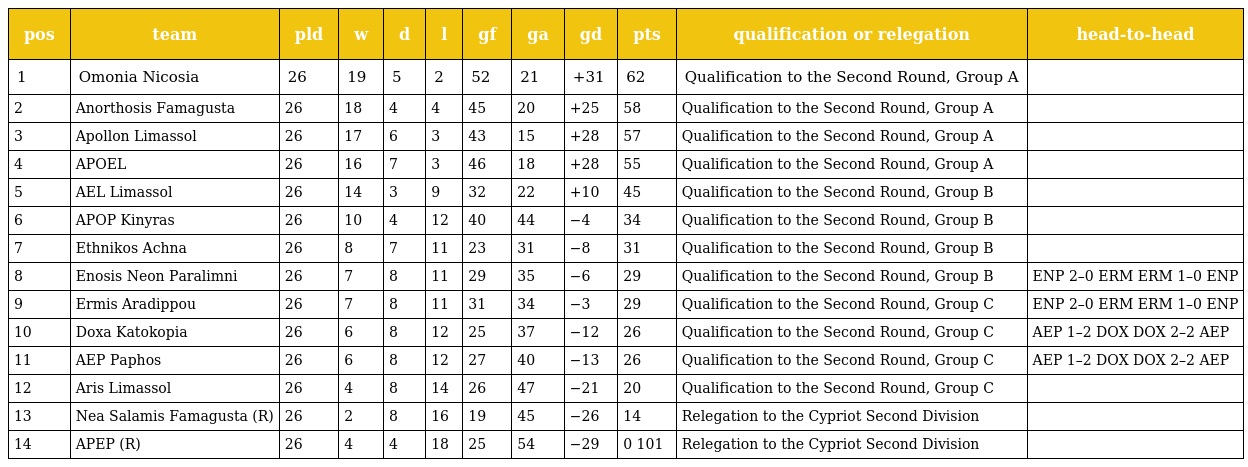
| pos | team | pld | w | d | l | gf | ga | gd | pts | qualification or relegation | head-to-head |
 | --- | --- | --- | --- | --- | --- | --- | --- | --- | --- | --- | --- |
 | 1 | Omonia Nicosia | 26 | 19 | 5 | 2 | 52 | 21 | +31 | 62 | Qualification to the Second Round, Group A |  |
 | 2 | Anorthosis Famagusta | 26 | 18 | 4 | 4 | 45 | 20 | +25 | 58 | Qualification to the Second Round, Group A |  |
 | 3 | Apollon Limassol | 26 | 17 | 6 | 3 | 43 | 15 | +28 | 57 | Qualification to the Second Round, Group A |  |
 | 4 | APOEL | 26 | 16 | 7 | 3 | 46 | 18 | +28 | 55 | Qualification to the Second Round, Group A |  |
 | 5 | AEL Limassol | 26 | 14 | 3 | 9 | 32 | 22 | +10 | 45 | Qualification to the Second Round, Group B |  |
 | 6 | APOP Kinyras | 26 | 10 | 4 | 12 | 40 | 44 | −4 | 34 | Qualification to the Second Round, Group B |  |
 | 7 | Ethnikos Achna | 26 | 8 | 7 | 11 | 23 | 31 | −8 | 31 | Qualification to the Second Round, Group B |  |
 | 8 | Enosis Neon Paralimni | 26 | 7 | 8 | 11 | 29 | 35 | −6 | 29 | Qualification to the Second Round, Group B | ENP 2–0 ERM ERM 1–0 ENP |
 | 9 | Ermis Aradippou | 26 | 7 | 8 | 11 | 31 | 34 | −3 | 29 | Qualification to the Second Round, Group C | ENP 2–0 ERM ERM 1–0 ENP |
 | 10 | Doxa Katokopia | 26 | 6 | 8 | 12 | 25 | 37 | −12 | 26 | Qualification to the Second Round, Group C | AEP 1–2 DOX DOX 2–2 AEP |
 | 11 | AEP Paphos | 26 | 6 | 8 | 12 | 27 | 40 | −13 | 26 | Qualification to the Second Round, Group C | AEP 1–2 DOX DOX 2–2 AEP |
 | 12 | Aris Limassol | 26 | 4 | 8 | 14 | 26 | 47 | −21 | 20 | Qualification to the Second Round, Group C |  |
 | 13 | Nea Salamis Famagusta (R) | 26 | 2 | 8 | 16 | 19 | 45 | −26 | 14 | Relegation to the Cypriot Second Division |  |
 | 14 | APEP (R) | 26 | 4 | 4 | 18 | 25 | 54 | −29 | 0 101 | Relegation to the Cypriot Second Division |  |